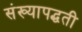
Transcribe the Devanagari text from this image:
संख्यापद्धती